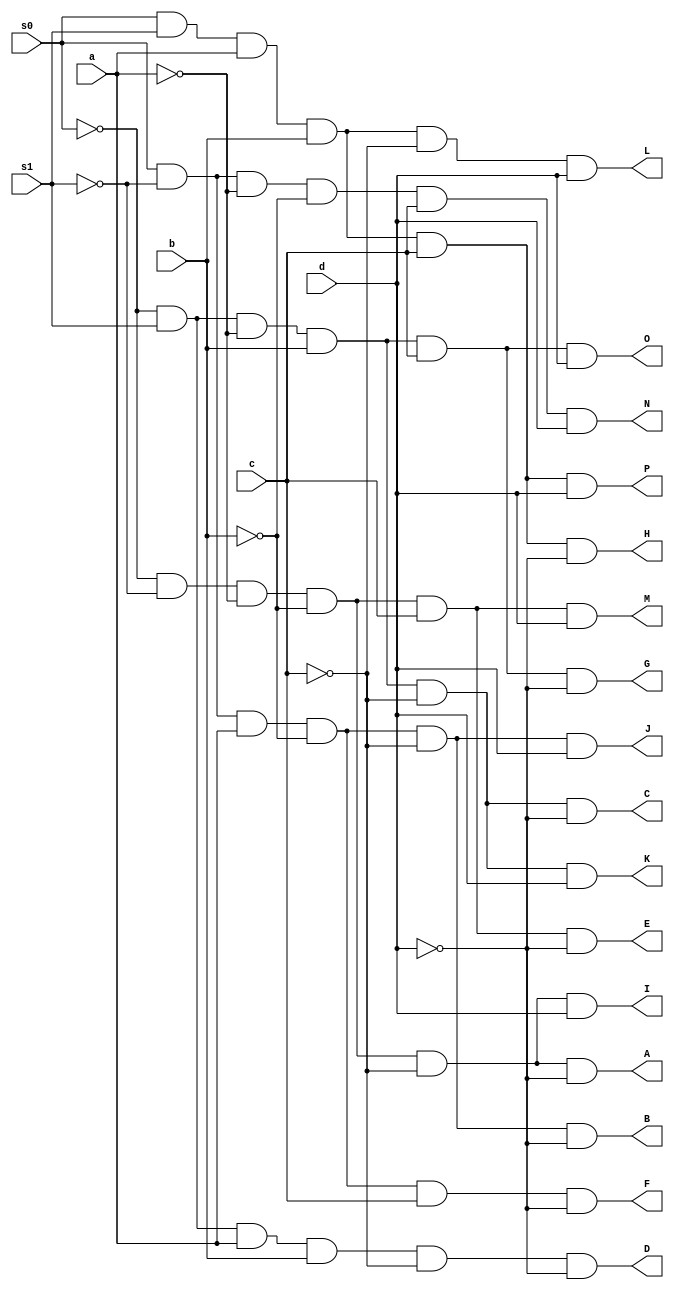
module four_to_sixteen_decoder(
    input a,b,c,d,s0,s1,
    output A,B,C,D,E,F,G,H,I,J,K,L,M,N,O,P
    );
    assign A = ~s0&~s1&~a&~b&~c&~d;
    assign B = s0&~s1&a&~b&~c&~d;
    assign C = ~s0&s1&~a&b&~c&~d;
    assign D = ~s0&s1&a&b&~c&~d;
    assign E = ~s0&~s1&~a&~b&c&~d;
    assign F = s0&~s1&a&~b&c&~d;
    assign G = ~s0&s1&~a&b&c&~d;
    assign H = s0&s1&a&b&c&~d;
    assign I = ~s0&~s1&~a&~b&~c&d;
    assign J = s0&~s1&a&~b&~c&d;
    assign K = ~s0&s1&~a&b&~c&d;
    assign L = s0&s1&a&b&~c&d;
    assign M = ~s0&~s1&~a&~b&c&d;
    assign N = s0&~s1&~a&~b&c&d;
    assign O = ~s0&s1&~a&b&c&d;
    assign P = s0&s1&a&b&c&d;
  
endmodule